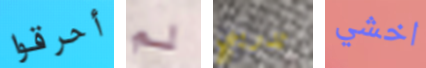
أحرقوا لم تدريبي اخشي